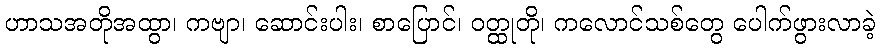
ဟာသအတိုအထွာ၊ ကဗျာ၊ ဆောင်းပါး၊ စာပြောင်၊ ဝတ္ထုတို၊ ကလောင်သစ်တွေ ပေါက်ဖွားလာခဲ့